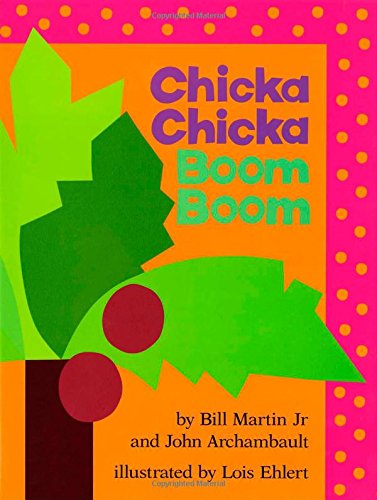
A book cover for Chicka Chicka Boom Boom (Chicka Chicka Book, A); Bill Martin Jr.; Medical Books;